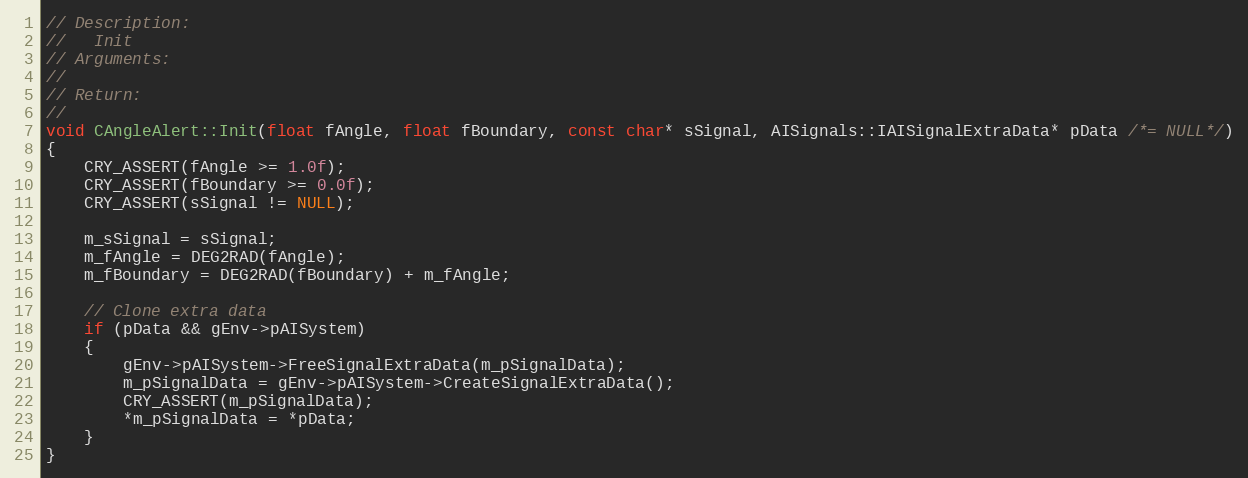
Language: C++
// Description:
//   Init
// Arguments:
//
// Return:
//
void CAngleAlert::Init(float fAngle, float fBoundary, const char* sSignal, AISignals::IAISignalExtraData* pData /*= NULL*/)
{
	CRY_ASSERT(fAngle >= 1.0f);
	CRY_ASSERT(fBoundary >= 0.0f);
	CRY_ASSERT(sSignal != NULL);

	m_sSignal = sSignal;
	m_fAngle = DEG2RAD(fAngle);
	m_fBoundary = DEG2RAD(fBoundary) + m_fAngle;

	// Clone extra data
	if (pData && gEnv->pAISystem)
	{
		gEnv->pAISystem->FreeSignalExtraData(m_pSignalData);
		m_pSignalData = gEnv->pAISystem->CreateSignalExtraData();
		CRY_ASSERT(m_pSignalData);
		*m_pSignalData = *pData;
	}
}